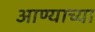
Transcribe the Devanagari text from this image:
आण्याच्या